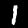
Label: 1